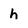
Character: h